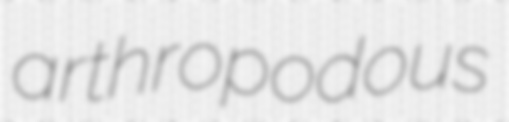
arthropodous